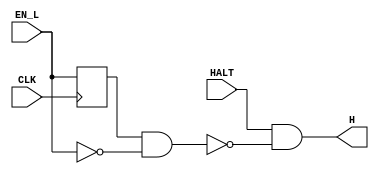
module HaltLogic(CLK, HALT, EN_L, H);
	input CLK;
	input HALT;
	input EN_L;

	output H;

	reg prevEN_L;

	always @ (posedge CLK) begin
		prevEN_L <= EN_L;
	end
	
	wire continue;
	assign continue = prevEN_L & ~EN_L; //when EN_L transitions from 1 to 0, continue incrementing PC
	
	assign H = HALT & ~continue;

endmodule